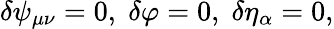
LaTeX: \delta\psi_{\mu\nu}=0,\; \delta\varphi=0,\; \delta\eta_{\alpha}=0,